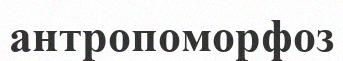
антропоморфоз